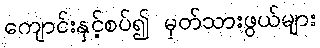
ကျောင်းနှင့်စပ်၍ မှတ်သားဖွယ်များ